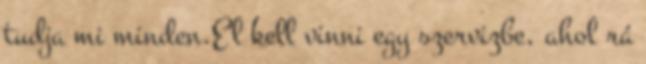
tudja mi minden.El kell vinni egy szervizbe, ahol rá